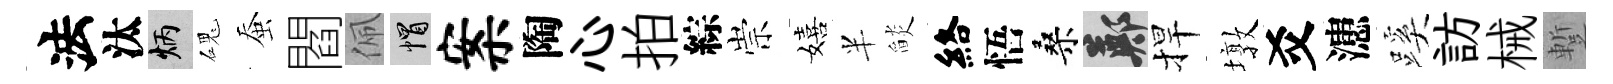
法汰炳磈蚕閻佩帽案陶心拍綜崇嬉半𦦨絡悟桑鄭捍墩爻漶蹊訪械蹔